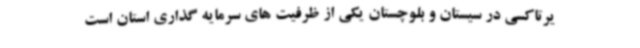
یرتاکسی در سیستان و بلوچستان یکی از ظرفیت های سرمایه گذاری استان است